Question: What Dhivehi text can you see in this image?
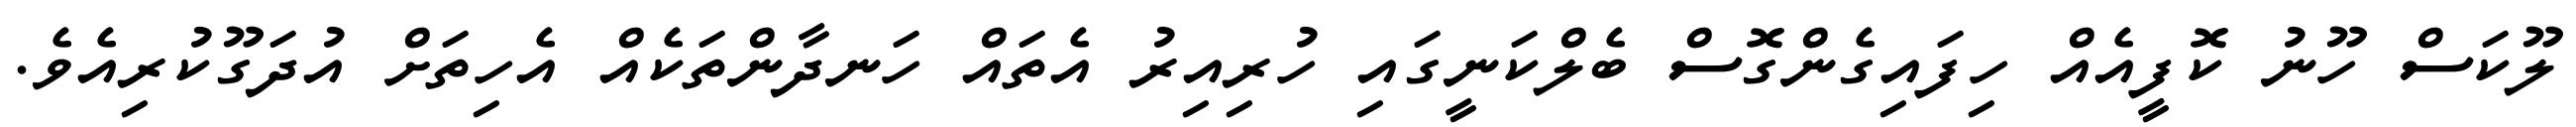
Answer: ލޫކަސް ހޫނު ކޮފީއެއް ހިފައިގެންގޮސް ބެލްކަނީގައި ހުރިއިރު އެތައް ހަނދާންތަކެއް އެހިތަށް އުދަގޫކުރިއެވެ.